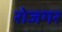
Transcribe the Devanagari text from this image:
रोजगर